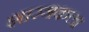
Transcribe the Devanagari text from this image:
शास्त्रकला